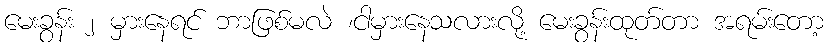
မေးခွန်း ၂ မှားနေရင် ဘာဖြစ်မလဲ ၊ငါမှားနေသလားလို့ မေးခွန်းထုတ်တာ အရမ်းတော့